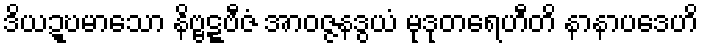
ဒိယဍ္ဎမာသော နိဗ္ဗဋ္ဋဗီဇံ အာဝဇ္ဇနဒွယံ မုဒုတရေဟီတိ နာနာပဒေဟိ